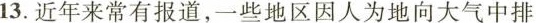
13.近年来常有报道，一些地区因人为地向大气中排